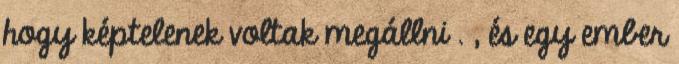
hogy képtelenek voltak megállni . , és egy ember